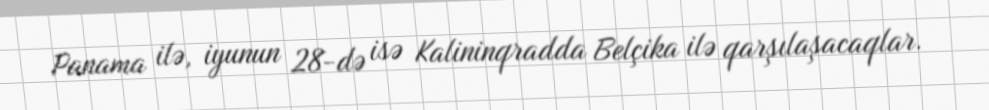
Panama ilə, iyunun 28-də isə Kalininqradda Belçika ilə qarşılaşacaqlar.